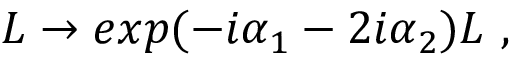
L \rightarrow e x p ( - i \alpha _ { 1 } - 2 i \alpha _ { 2 } ) L \ ,